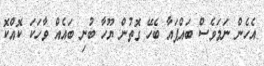
އެހެން ނަމަވެސް ބައްޕައާ ބެހޭ ގޮތުން ޔޫހާ ބުނި ބައެއް ވާހަކަ ކޮއްކޮ